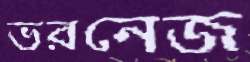
ভরনেজ